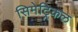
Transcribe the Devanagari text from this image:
सिमेट्रिकल